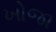
ખોજા